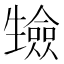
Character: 𭺷